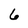
Character: 6